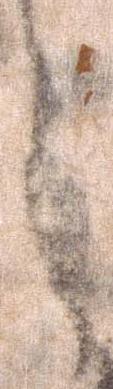
之